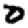
Digit: 0